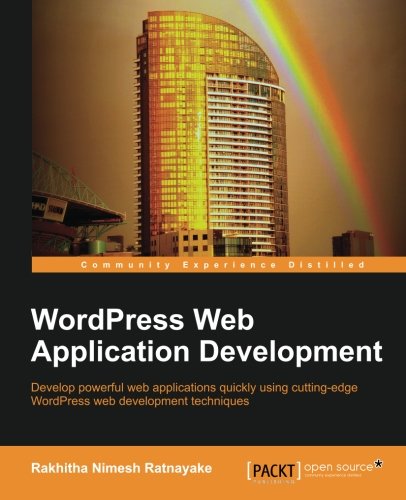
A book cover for WordPress Web Application Development; Rakhitha Nimesh Ratnayake; Computers & Technology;